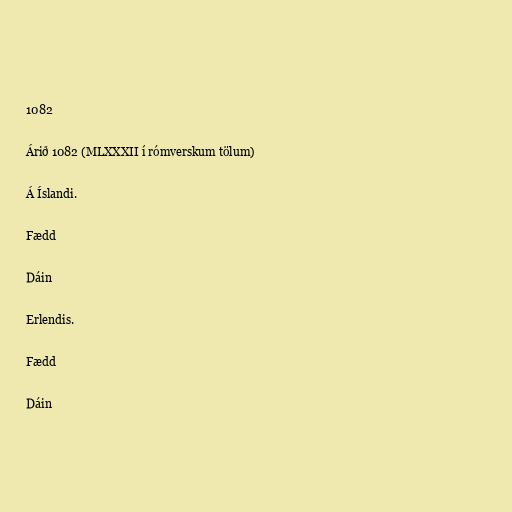
1082

Árið 1082 (MLXXXII í rómverskum tölum)

Á Íslandi.

Fædd

Dáin

Erlendis.

Fædd

Dáin